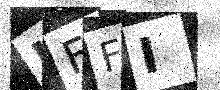
Text: LFFI